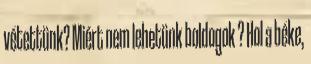
vétettünk? Miért nem lehetünk boldogok ? Hol a béke,